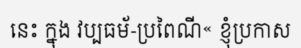
នេះ ក្នុង វប្បធម័-ប្រពៃណី« ខ្ញុំប្រកាស